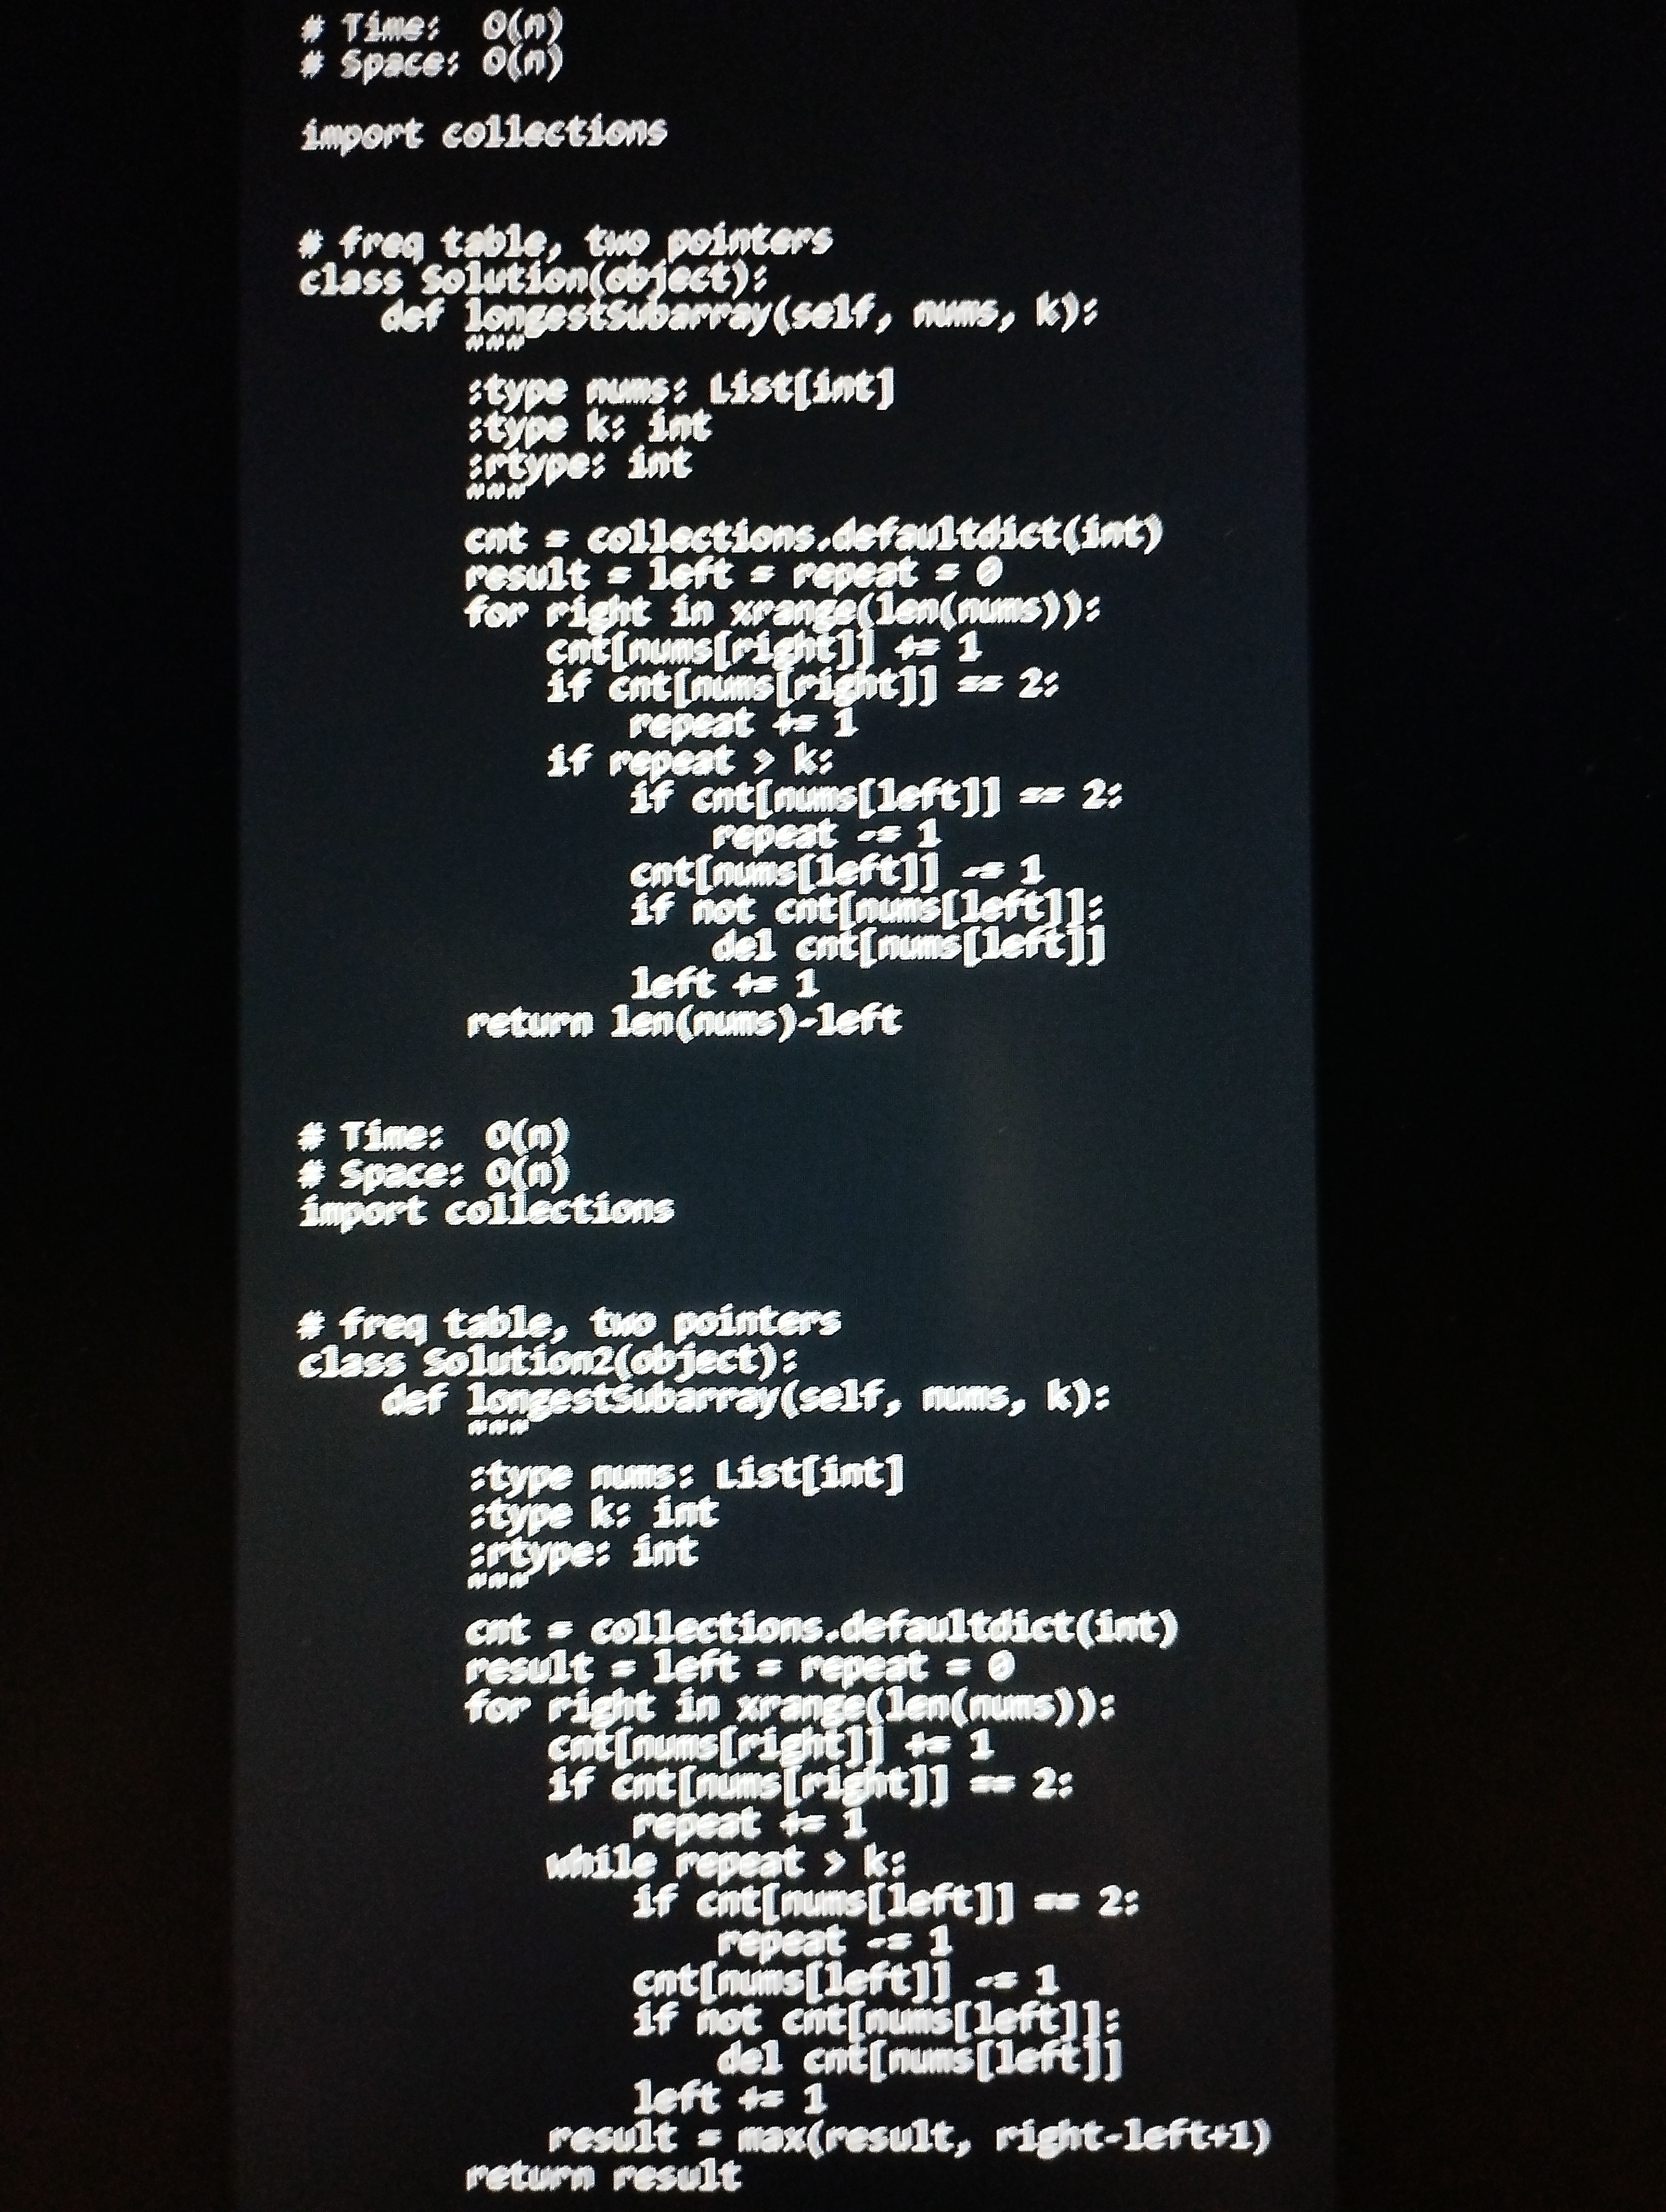
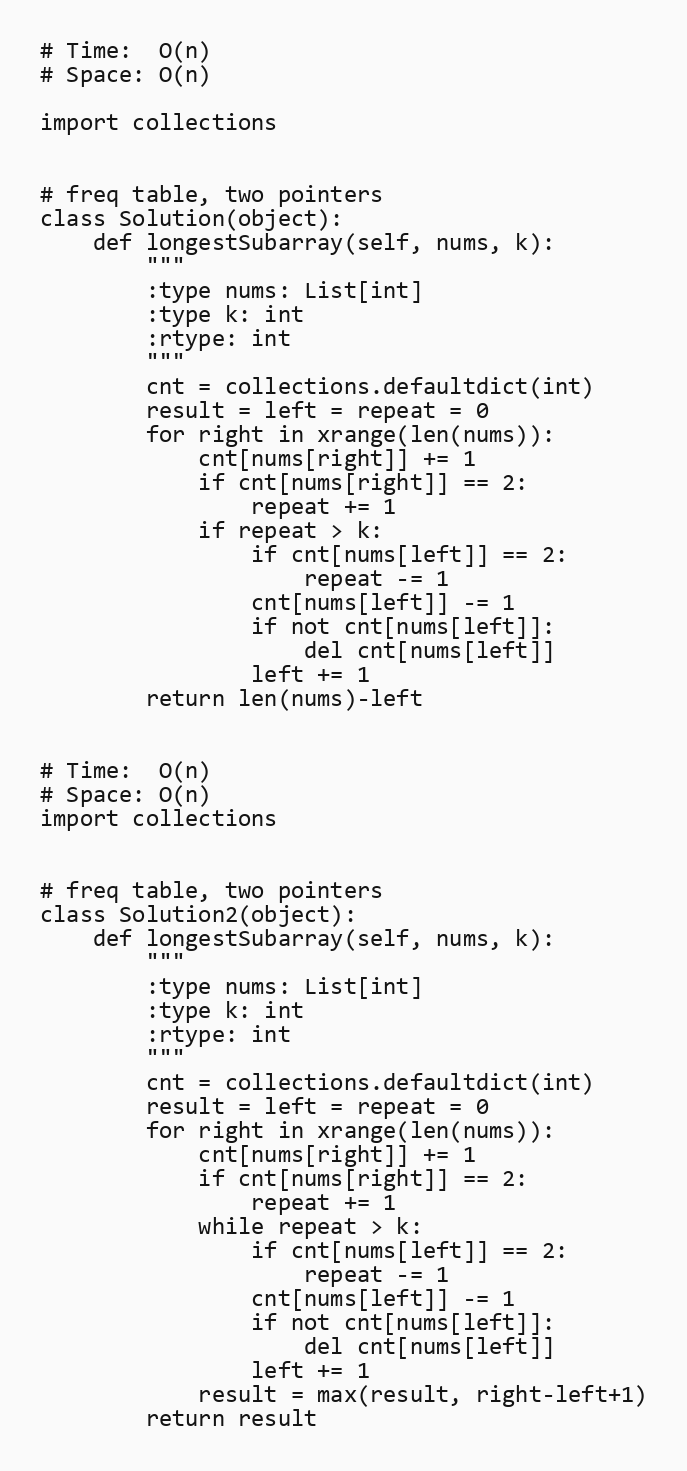
# Time:  O(n)
# Space: O(n)

import collections

# freq table, two pointers
class Solution(object):
    def longestSubarray(self, nums, k):
        """
        :type nums: List[int]
        :type k: int
        :rtype: int
        """
        cnt = collections.defaultdict(int)
        result = left = repeat = 0
        for right in xrange(len(nums)):
            cnt[nums[right]] += 1
            if cnt[nums[right]] == 2:
                repeat += 1
            if repeat > k:
                if cnt[nums[left]] == 2:
                    repeat -= 1
                cnt[nums[left]] -= 1
                if not cnt[nums[left]]:
                    del cnt[nums[left]]
                left += 1
        return len(nums)-left

# Time:  O(n)
# Space: O(n)
import collections

# freq table, two pointers
class Solution2(object):
    def longestSubarray(self, nums, k):
        """
        :type nums: List[int]
        :type k: int
        :rtype: int
        """
        cnt = collections.defaultdict(int)
        result = left = repeat = 0
        for right in xrange(len(nums)):
            cnt[nums[right]] += 1
            if cnt[nums[right]] == 2:
                repeat += 1
            while repeat > k:
                if cnt[nums[left]] == 2:
                    repeat -= 1
                cnt[nums[left]] -= 1
                if not cnt[nums[left]]:
                    del cnt[nums[left]]
                left += 1
            result = max(result, right-left+1)
        return result